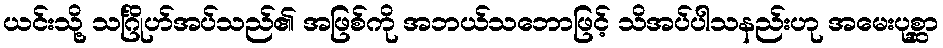
ယင်းသို့ သင်္ဂြိုဟ်အပ်သည်၏ အဖြစ်ကို အဘယ်သဘောဖြင့် သိအပ်ပါသနည်းဟု အမေးပုစ္ဆာ